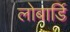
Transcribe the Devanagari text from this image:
लोबार्डि